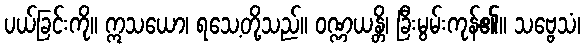
ပယ်ခြင်းကို။ ဣသယော၊ ရသေ့တို့သည်။ ဝဏ္ဏယန္တိ၊ ခြီးမွမ်းကုန်၏။ သဗ္ဗေသံ၊